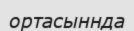
ортасыннда